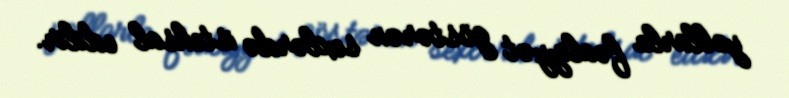
yollarla fəaliyyət göstərən sexlərdə istehsal edilir.